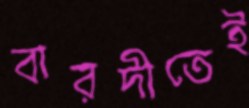
বারদীতেই